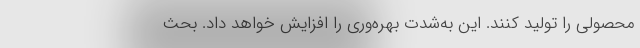
محصولی را تولید کنند. این به‌شدت بهره‌وری را افزایش خواهد داد. بحث